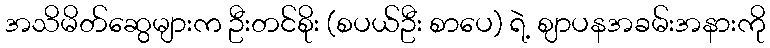
အသိမိတ်ဆွေများက ဦးတင်စိုး (စပယ်ဦး စာပေ) ရဲ့ ဈာပနအခမ်းအနားကို